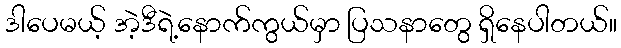
ဒါပေမယ့် အဲ့ဒီရဲ့နောက်ကွယ်မှာ ပြသနာတွေ ရှိနေပါတယ်။